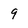
Character: 9